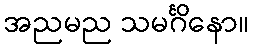
အညမည သမင်္ဂိနော။